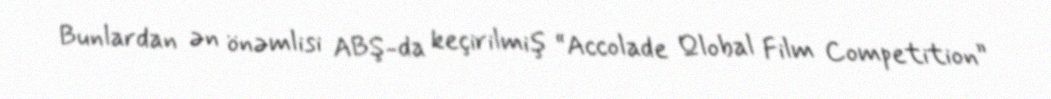
Bunlardan ən önəmlisi ABŞ-da keçirilmiş “Accolade Qlobal Film Competition”